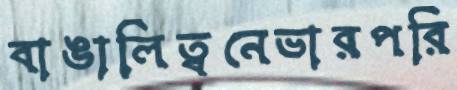
বাঙালিত্বনেভারপরি